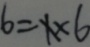
6 = x \times 6